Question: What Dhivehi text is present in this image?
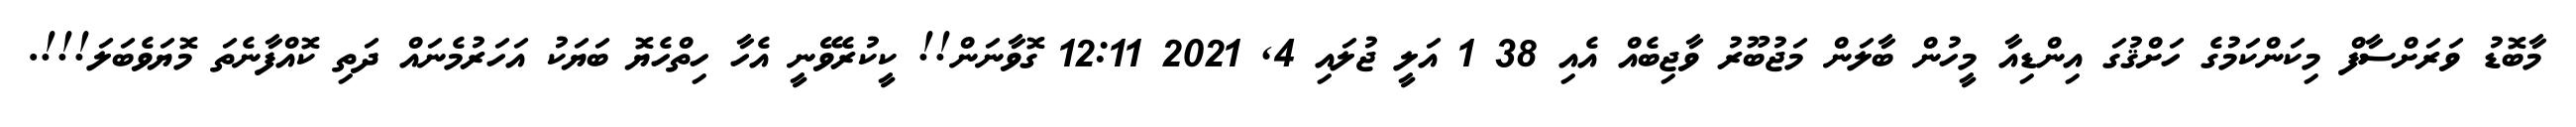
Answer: މާބޮޑު ވަރަށްސާފް މިކަންކަމުގެ ހަށްޤުގަ އިންޑިއާ މީހުން ބާލަން މަޖުބޫރު ވާޖިބެއް އެއި 38 1 އަލީ ޖުލައި 4, 2021 12:11 ގޮވާނަން!! ކީކުރެވޭނީ އެހާ ހިތްހެޔޮ ބަޔަކު އަހަރުމެނައް ދަތި ކޮއްފާނެތަ މޮޔަވެބަލަ!!!.